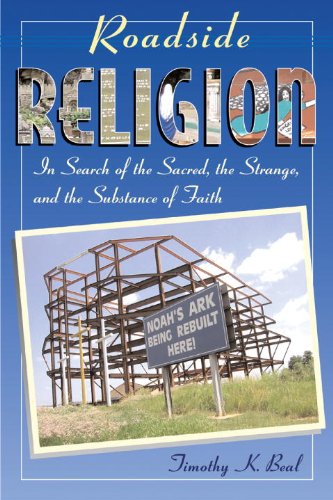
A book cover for Roadside Religion: In Search of the Sacred, the Strange, and the Substance of Faith; Timothy Beal; Travel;